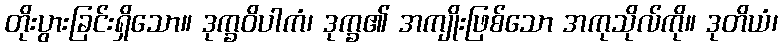
တိုးပွားခြင်းရှိသော။ ဒုက္ခဝိပါကံ၊ ဒုက္ခ၏ အကျိုးဖြစ်သော အကုသိုလ်ကို။ ဒုတိယံ၊